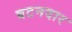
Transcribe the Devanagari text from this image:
बटनदार